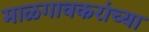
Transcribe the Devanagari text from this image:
माळगावकरांच्या